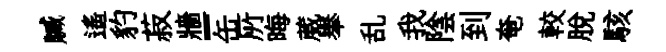
贓遙豹菽牆-缶𠩄晦葳𦦙乱我陰到奄較脱駭